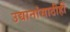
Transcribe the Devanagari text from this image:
उद्यानांसाठीही